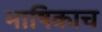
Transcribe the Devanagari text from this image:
भाषिकाच